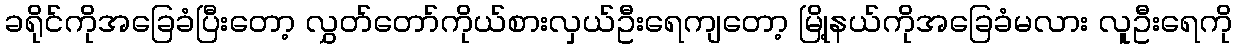
ခရိုင်ကိုအခြေခံပြီးတော့ လွှတ်တော်ကိုယ်စားလှယ်ဦးရေကျတော့ မြို့နယ်ကိုအခြေခံမလား လူဦးရေကို